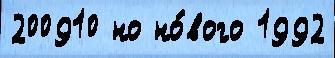
200910 но но́вого 1992